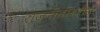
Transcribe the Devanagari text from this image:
राजनीतीवरील